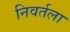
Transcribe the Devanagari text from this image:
निवर्तला